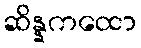
ဆိန္နကထော